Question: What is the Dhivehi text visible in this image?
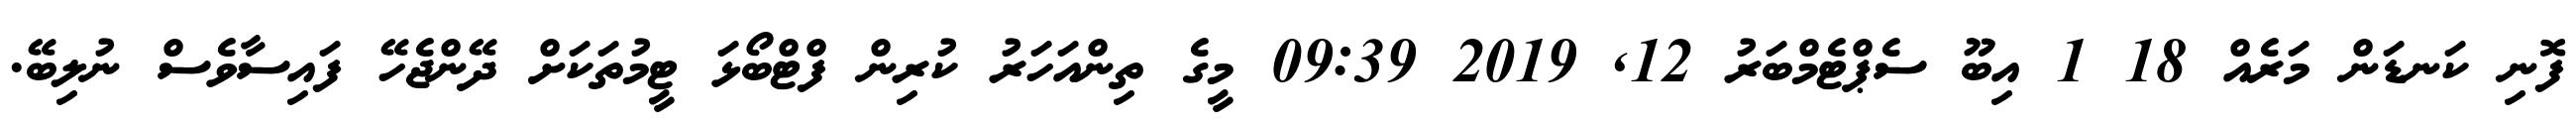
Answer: ފޮނި ކަނޑަން މަރެއް 18 1 އިބޫ ސެޕްޓެމްބަރު 12, 2019 09:39 މީގެ ތިންއަހަރު ކުރިން ފްޓްބޯޅަ ޓީމުތަކަށް ދޭންޖެހޭ ފައިސާވެސް ނުލިބޭ.